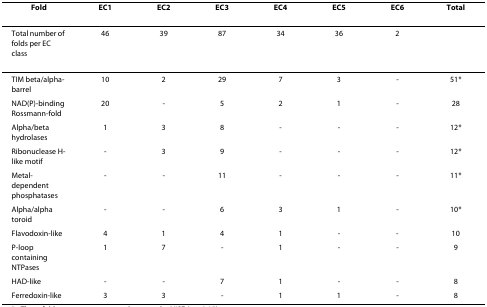
| Fold | EC1 | EC2 | EC3 | EC4 | EC5 | EC6 | Total |
 | --- | --- | --- | --- | --- | --- | --- | --- |
 | Total number of folds per EC class | 46 | 39 | 87 | 34 | 36 | 2 |  |
 | TIM beta/alpha-barrel | 10 | 2 | 29 | 7 | 3 | - | 51* |
 | NAD(P)-binding Rossmann-fold | 20 | - | 5 | 2 | 1 | - | 28 |
 | Alpha/beta hydrolases | 1 | 3 | 8 | - | - | - | 12* |
 | Ribonuclease H-like motif | - | 3 | 9 | - | - | - | 12* |
 | Metal-dependent phosphatases | - | - | 11 | - | - | - | 11* |
 | Alpha/alpha toroid | - | - | 6 | 3 | 1 | - | 10* |
 | Flavodoxin-like | 4 | 1 | 4 | 1 | - | - | 10 |
 | P-loop containing NTPases | 1 | 7 | - | 1 | - | - | 9 |
 | HAD-like | - | - | 7 | 1 | - | - | 8 |
 | Ferredoxin-like | 3 | 3 | - | 1 | 1 | - | 8 |